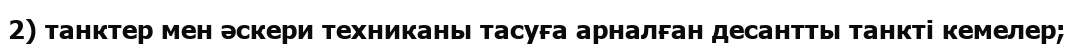
2) танктер мен әскери техниканы тасуға арналған десантты танкті кемелер;